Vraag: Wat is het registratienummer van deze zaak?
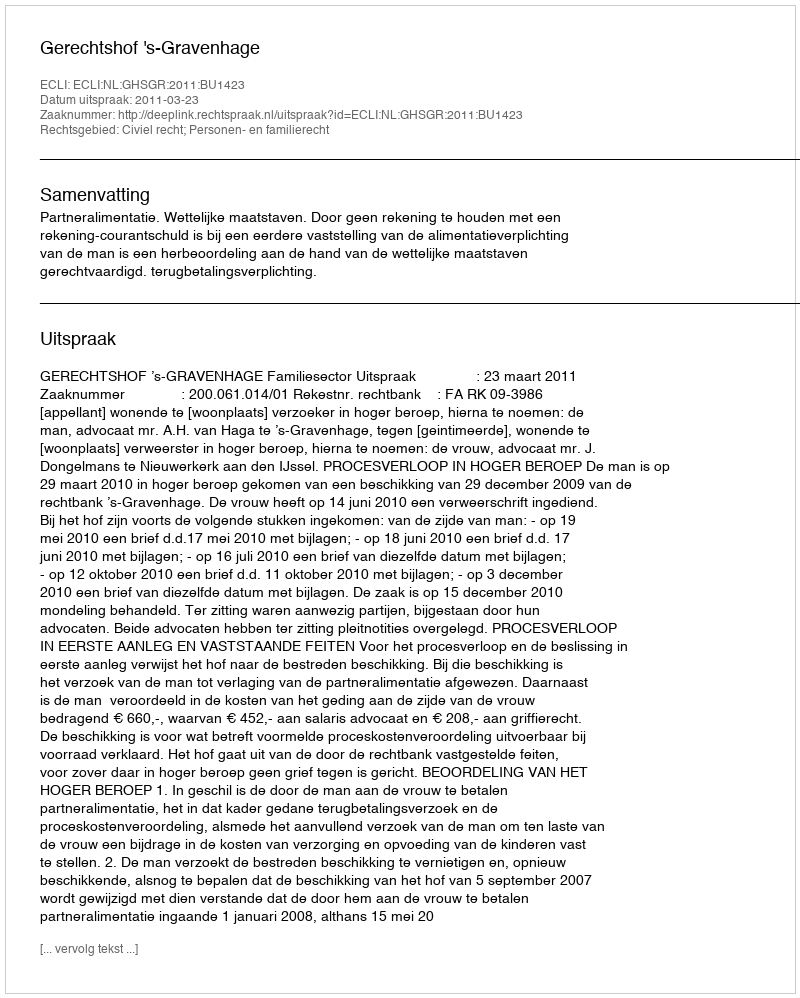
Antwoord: http://deeplink.rechtspraak.nl/uitspraak?id=ECLI:NL:GHSGR:2011:BU1423